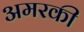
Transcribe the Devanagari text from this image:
अमरकी